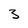
Character: 3